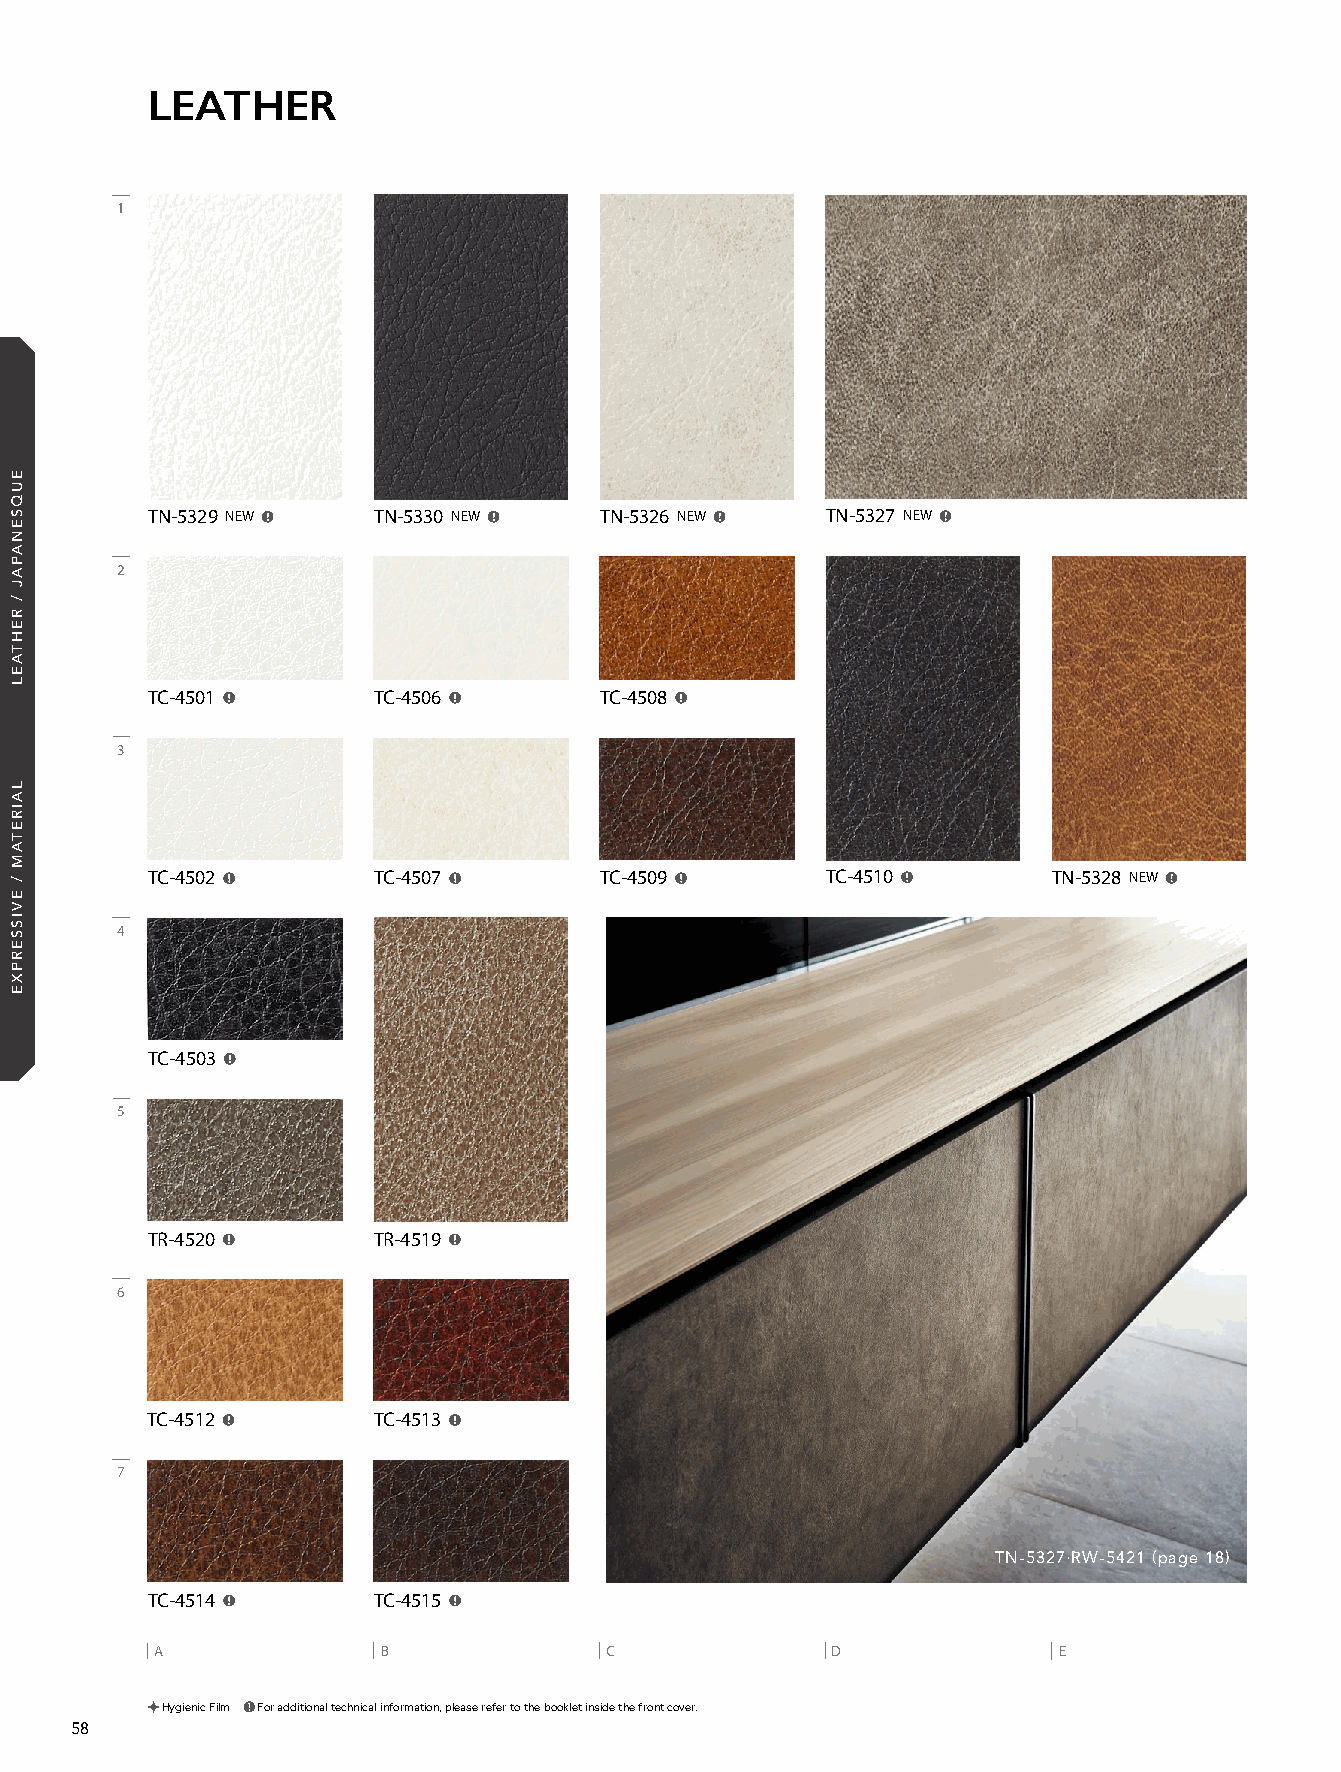
21_REATEC_vol11_P58-C1_KOROSEAL 21/11/16out 🅲🅼🆈🅺
 LEATHER
 1
 TN-5329 NEW    TN-5330 NEW    TN-5326 NEW    TN-5327 NEW
 2
 TC-4501        TC-4506        TC-4508
 3
 TC-4502        TC-4507        TC-4509        TC-4510        TN-5328 NEW
 4
 TC-4503
 5
 TR-4520        TR-4519
 6
 TC-4512        TC-4513
 7
 TN-5327•RW-5421 (page 18)
 TC-4514        TC-4515
 A              B              C              D              E
 Hygienic Film For additional technical information, please refer to the booklet inside the front cover.
 58
 EUQSENAPAJ
 /
 REHTAEL
 LAIRETAM
 /
 EVISSERPXE